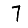
Digit: 7